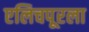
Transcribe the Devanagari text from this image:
एलिचपूरला